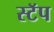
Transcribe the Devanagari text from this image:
स्टॅप